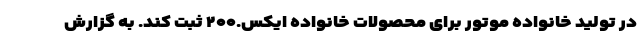
در تولید خانواده موتور برای محصولات خانواده ایکس.۲۰۰ ثبت کند. به گزارش